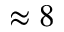
\approx 8